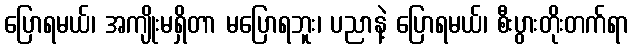
ပြောရမယ်၊ အကျိုးမရှိတာ မပြောရဘူး၊ ပညာနဲ့ ပြောရမယ်၊ စီးပွားတိုးတက်ရာ